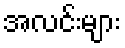
အလင်းများ